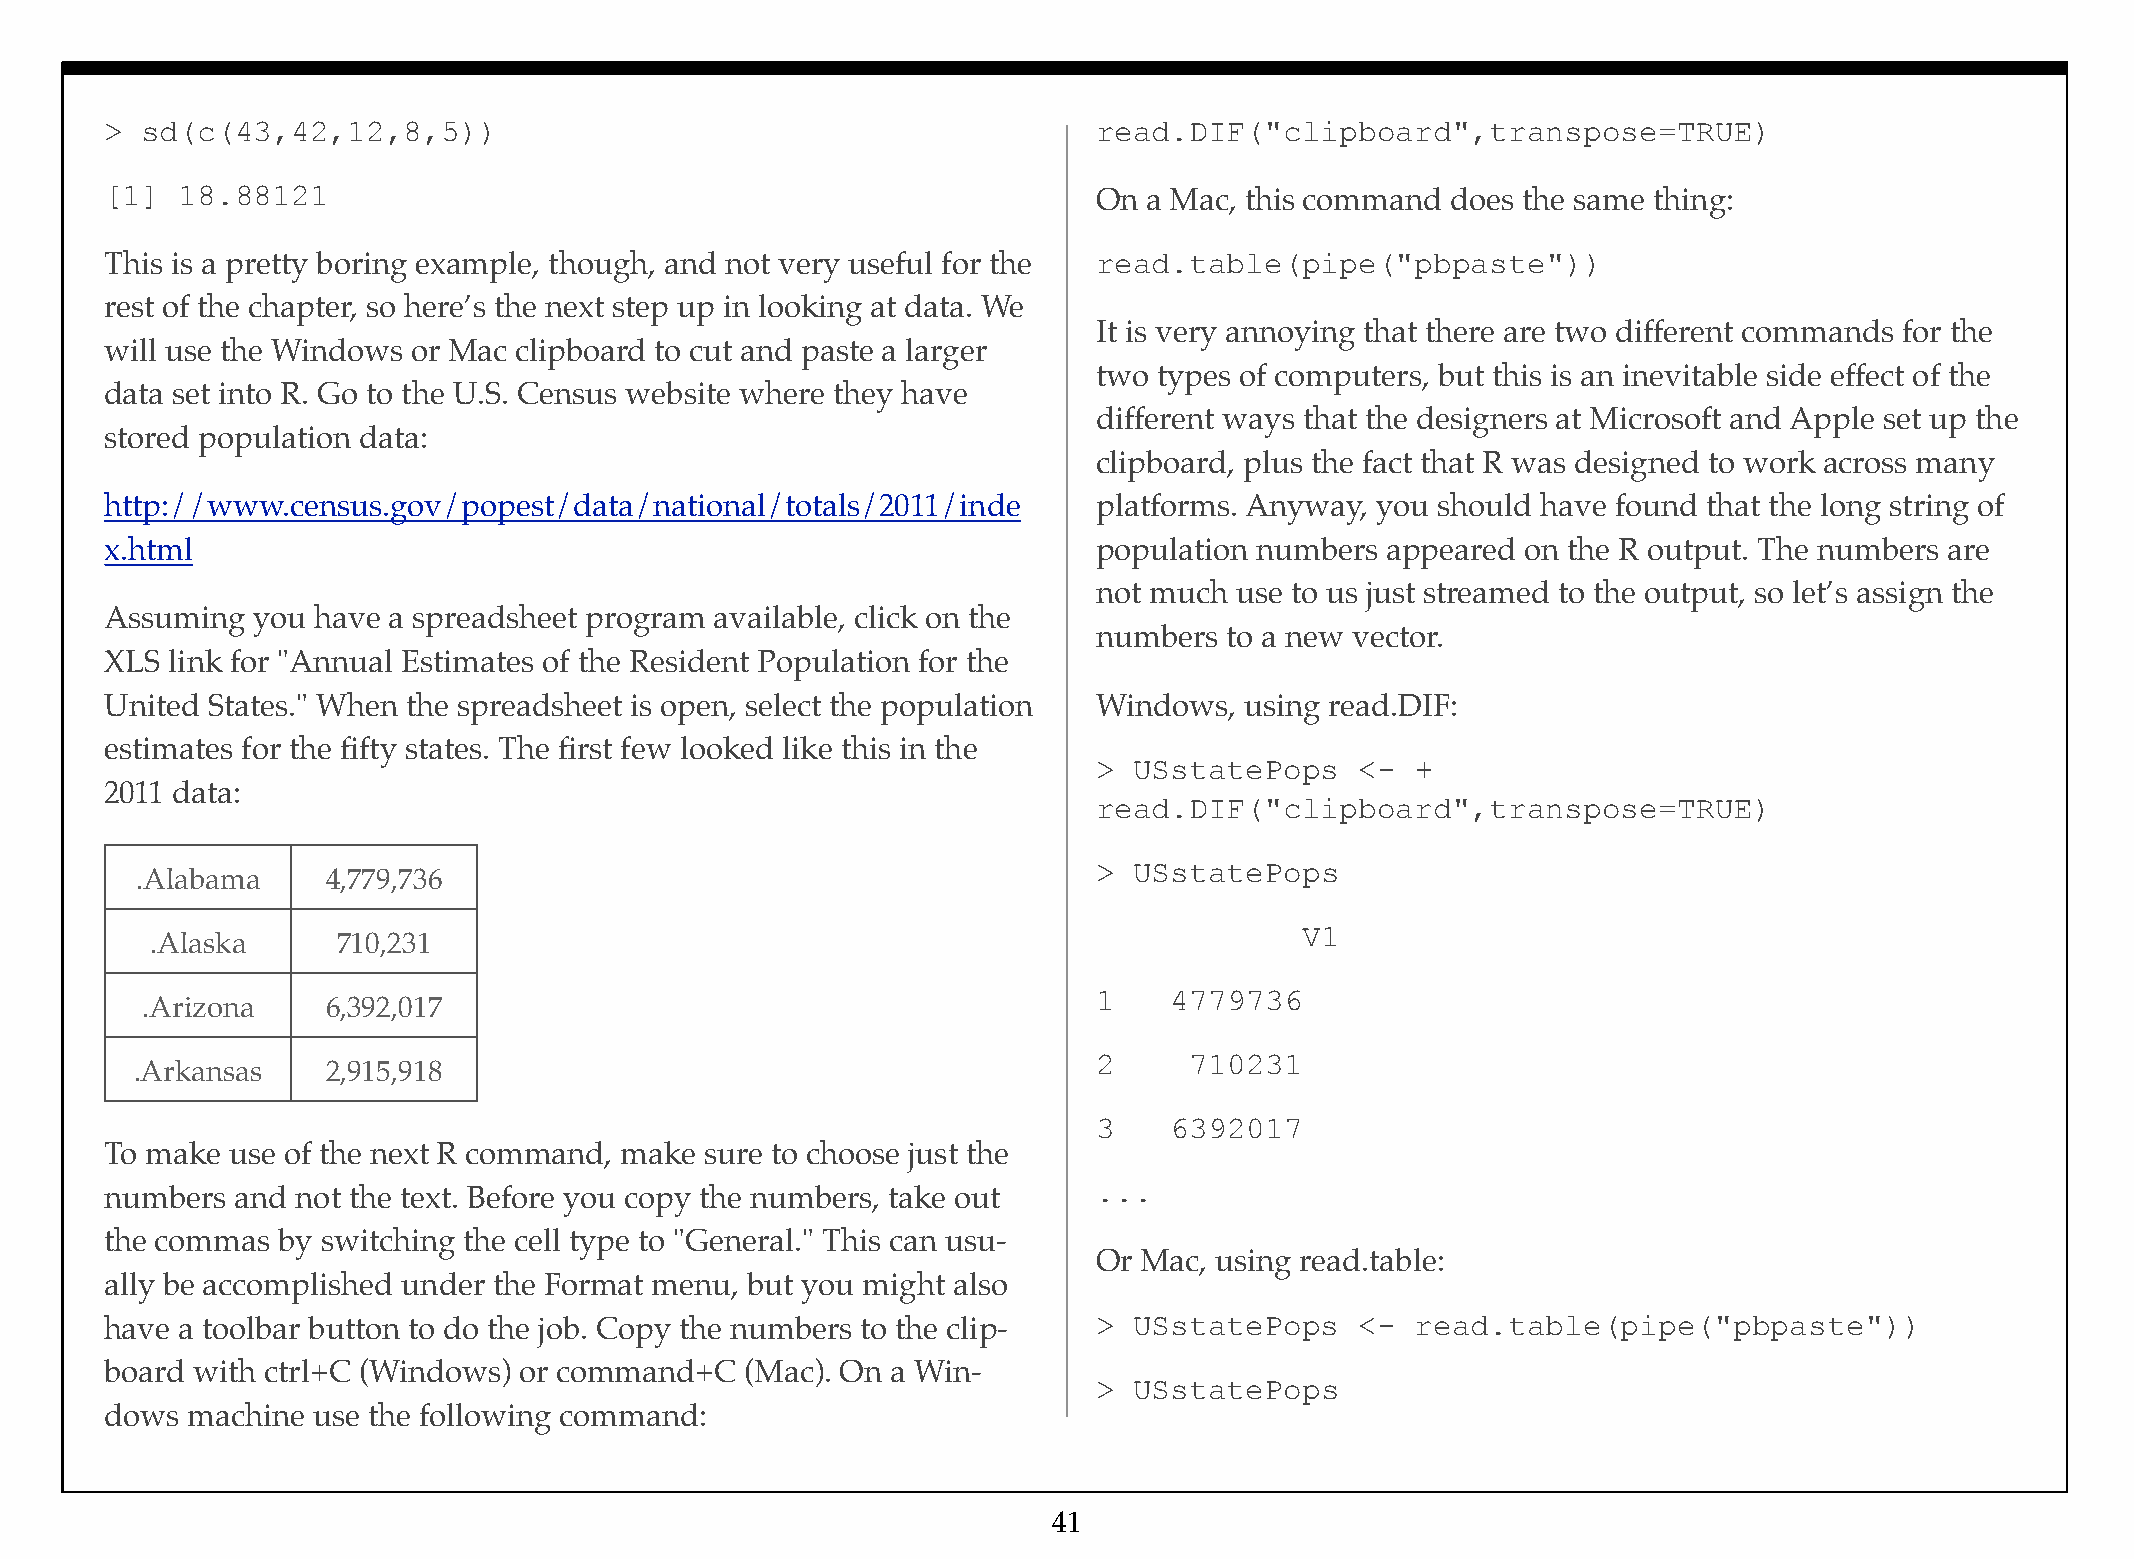
> sd(c(43,42,12,8,5))                                             read.DIF("clipboard",transpose=TRUE)
 [1]  18.88121                                                     On a Mac, this command does the same thing:
 This is a pretty boring example, though, and not very useful for the read.table(pipe("pbpaste"))
 rest of the chapter, so here’s the next step up in looking at data. We
 It is very annoying that there are two different commands for the
 will use the Windows or Mac clipboard to cut and paste a larger
 two types of computers, but this is an inevitable side effect of the
 data set into R. Go to the U.S. Census website where they have
 different ways that the designers at Microsoft and Apple set up the
 stored population data:
 clipboard, plus the fact that R was designed to work across many
 http://www.census.gov/popest/data/national/totals/2011/inde       platforms. Anyway, you should have found that the long string of
 x.html                                                            population numbers appeared on the R output. The numbers are
 not much use to us just streamed to the output, so let’s assign the
 Assuming  you have a spreadsheet program available, click on the
 numbers to a new vector.
 XLS link for "Annual Estimates of the Resident Population for the
 United States." When the spreadsheet is open, select the population Windows, using read.DIF:
 estimates for the fifty states. The first few looked like this in the
 > USstatePops    <-  +
 2011 data:
 read.DIF("clipboard",transpose=TRUE)
 > USstatePops
 .Alabama     4,779,736
 V1
 .Alaska     710,231
 1    4779736
 .Arizona     6,392,017
 2     710231
 .Arkansas    2,915,918
 3    6392017
 To make use of the next R command, make sure to choose just the
 numbers  and not the text. Before you copy the numbers, take out  ...
 the commas by switching the cell type to "General." This can usu-
 Or Mac, using read.table:
 ally be accomplished under the Format menu, but you might also
 have a toolbar button to do the job. Copy the numbers to the clip- > USstatePops   <-  read.table(pipe("pbpaste"))
 board with ctrl+C (Windows) or command+C  (Mac). On a Win-
 > USstatePops
 dows machine  use the following command:
 41